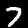
Digit: 7